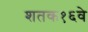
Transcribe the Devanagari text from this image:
शतक१६वे